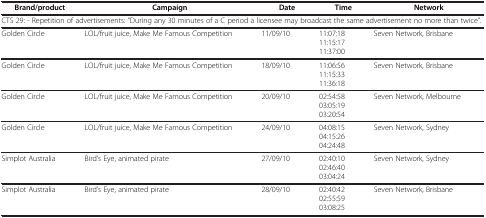
<table><thead><tr><td><b>Brand/product</b></td><td><b>Campaign</b></td><td><b>Date</b></td><td><b>Time</b></td><td><b>Network</b></td></tr></thead><tbody><tr><td colspan="5">CTS 29: - Repetition of advertisements: “During any 30 minutes of a C period a licensee may broadcast the same advertisement no more than twice”.</td></tr><tr><td rowspan="2">Golden Circle</td><td rowspan="2">LOL/fruit juice, Make Me Famous Competition</td><td rowspan="2">11/09/10</td><td>11:07:18</td><td rowspan="2">Seven Network, Brisbane</td></tr><tr><td>11:15:17</td></tr><tr><td>[EMPTY_CELL]</td><td>[EMPTY_CELL]</td><td>[EMPTY_CELL]</td><td>11:37:00</td><td>[EMPTY_CELL]</td></tr><tr><td rowspan="2">Golden Circle</td><td rowspan="2">LOL/fruit juice, Make Me Famous Competition</td><td rowspan="2">18/09/10</td><td>11:06:56</td><td rowspan="2">Seven Network, Brisbane</td></tr><tr><td>11:15:33</td></tr><tr><td>[EMPTY_CELL]</td><td>[EMPTY_CELL]</td><td>[EMPTY_CELL]</td><td>11:36:18</td><td>[EMPTY_CELL]</td></tr><tr><td rowspan="2">Golden Circle</td><td rowspan="2">LOL/fruit juice, Make Me Famous Competition</td><td rowspan="2">20/09/10</td><td>02:54:58</td><td rowspan="2">Seven Network, Melbourne</td></tr><tr><td>03:05:19</td></tr><tr><td>[EMPTY_CELL]</td><td>[EMPTY_CELL]</td><td>[EMPTY_CELL]</td><td>03:20:54</td><td>[EMPTY_CELL]</td></tr><tr><td>Golden Circle</td><td>LOL/fruit juice, Make Me Famous Competition</td><td>24/09/10</td><td>04:08:15</td><td>Seven Network, Sydney</td></tr><tr><td>[EMPTY_CELL]</td><td>[EMPTY_CELL]</td><td>[EMPTY_CELL]</td><td>04:15:26</td><td>[EMPTY_CELL]</td></tr><tr><td>[EMPTY_CELL]</td><td>[EMPTY_CELL]</td><td>[EMPTY_CELL]</td><td>04:24:48</td><td>[EMPTY_CELL]</td></tr><tr><td>Simplot Australia</td><td>Bird’s Eye, animated pirate</td><td>27/09/10</td><td>02:40:10</td><td>Seven Network, Sydney</td></tr><tr><td>[EMPTY_CELL]</td><td>[EMPTY_CELL]</td><td>[EMPTY_CELL]</td><td>02:46:40</td><td>[EMPTY_CELL]</td></tr><tr><td>[EMPTY_CELL]</td><td>[EMPTY_CELL]</td><td>[EMPTY_CELL]</td><td>03:04:24</td><td>[EMPTY_CELL]</td></tr><tr><td>Simplot Australia</td><td>Bird’s Eye, animated pirate</td><td>28/09/10</td><td>02:40:42</td><td>Seven Network, Brisbane</td></tr><tr><td>[EMPTY_CELL]</td><td>[EMPTY_CELL]</td><td>[EMPTY_CELL]</td><td>02:55:59</td><td>[EMPTY_CELL]</td></tr><tr><td>[EMPTY_CELL]</td><td>[EMPTY_CELL]</td><td>[EMPTY_CELL]</td><td>03:08:25</td><td>[EMPTY_CELL]</td></tr></tbody></table>